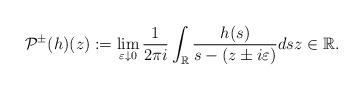
LaTeX: \begin{align*}\mathcal{P}^{\pm}(h)(z):=\lim _{\varepsilon \downarrow 0} \frac{1}{2 \pi i} \int_{\mathbb{R}} \frac{h(s)}{s-(z \pm i\varepsilon)} d s z \in\mathbb{R}.\end{align*}